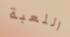
اللعبة